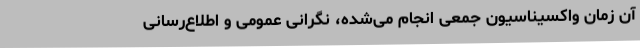
آن زمان واکسیناسیون جمعی انجام می‌شده، نگرانی عمومی و اطلاع‌رسانی